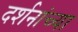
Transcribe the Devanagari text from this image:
दर्शनांच्या